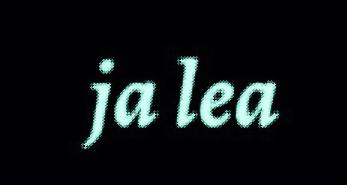
ja lea